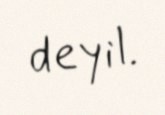
deyil.